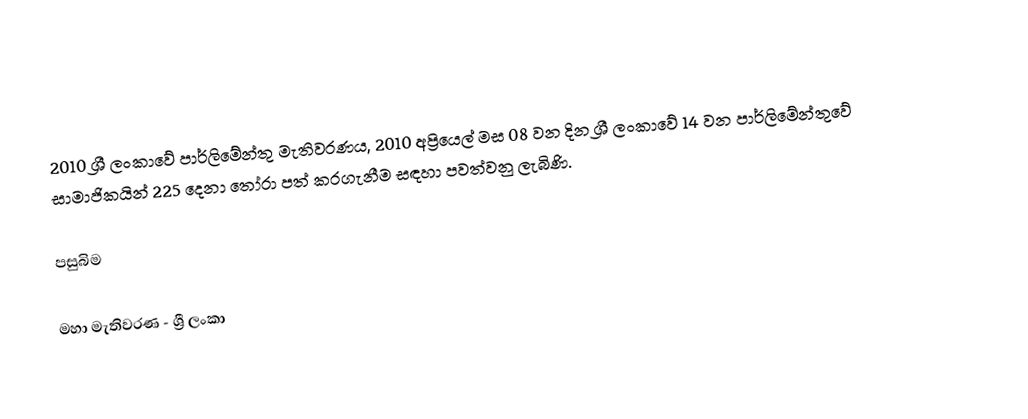
2010 ශ්‍රී ලංකාවේ පාර්ලිමේන්තු මැතිවරණය, 2010 අප්‍රියෙල් මස 08 වන දින ශ්‍රී ලංකාවේ 14 වන පාර්ලිමේන්තුවේ සාමාජිකයින් 225 දෙනා තෝරා පත් කරගැනීම සඳහා පවත්වනු ලැබිණි.

පසුබිම

මහා මැතිවරණ - ශ්‍රී ලංකා